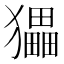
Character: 𤢹